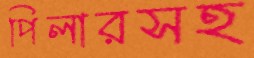
পিলারসহ